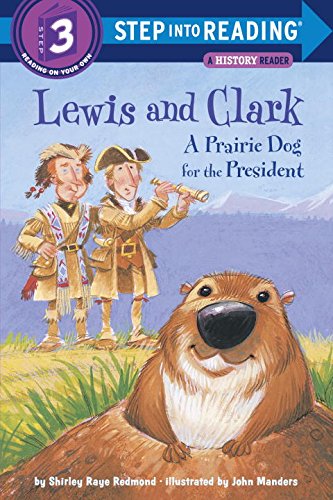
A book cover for Lewis and Clark: A Prairie Dog for the President (Step into Reading, Step 3); Shirley Raye Redmond; Children's Books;